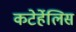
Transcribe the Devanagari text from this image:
कटेर्हेलिस